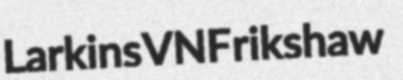
Larkins VNF rikshaw